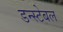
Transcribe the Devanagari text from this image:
डन्स्टेबल